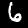
Digit: 6